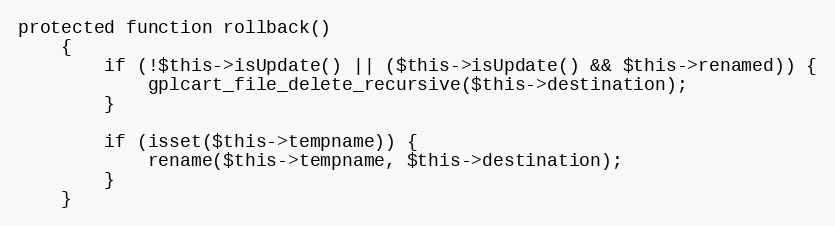
Language: PHP
protected function rollback()
    {
        if (!$this->isUpdate() || ($this->isUpdate() && $this->renamed)) {
            gplcart_file_delete_recursive($this->destination);
        }

        if (isset($this->tempname)) {
            rename($this->tempname, $this->destination);
        }
    }